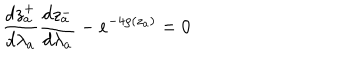
\frac { d z _ { a } ^ { + } } { d \lambda _ { a } } \frac { d z _ { a } ^ { - } } { d \lambda _ { a } } - e ^ { - 4 \rho ( z _ { a } ) } = 0